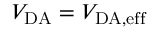
V _ { \mathrm { D A } } = V _ { \mathrm { D A , e f f } }